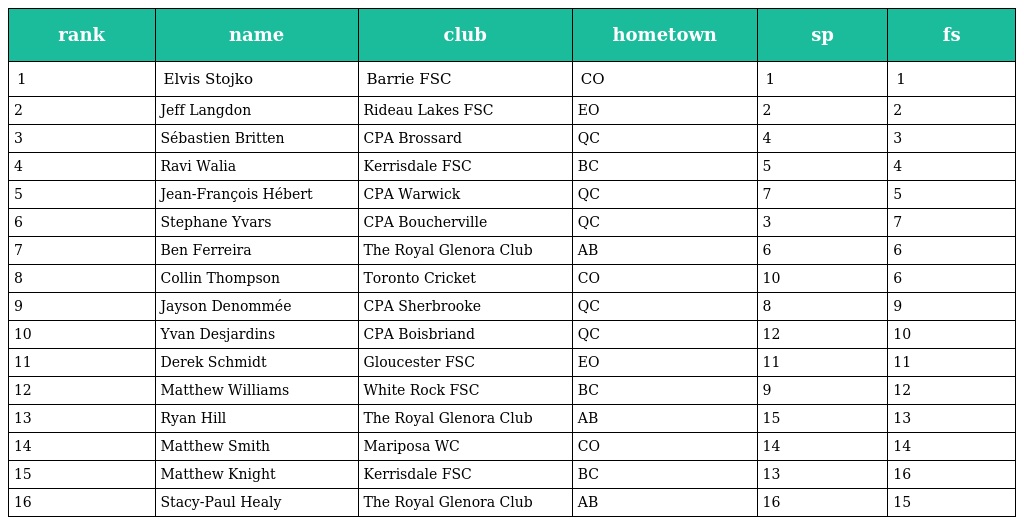
| rank | name | club | hometown | sp | fs |
 | --- | --- | --- | --- | --- | --- |
 | 1 | Elvis Stojko | Barrie FSC | CO | 1 | 1 |
 | 2 | Jeff Langdon | Rideau Lakes FSC | EO | 2 | 2 |
 | 3 | Sébastien Britten | CPA Brossard | QC | 4 | 3 |
 | 4 | Ravi Walia | Kerrisdale FSC | BC | 5 | 4 |
 | 5 | Jean-François Hébert | CPA Warwick | QC | 7 | 5 |
 | 6 | Stephane Yvars | CPA Boucherville | QC | 3 | 7 |
 | 7 | Ben Ferreira | The Royal Glenora Club | AB | 6 | 6 |
 | 8 | Collin Thompson | Toronto Cricket | CO | 10 | 6 |
 | 9 | Jayson Denommée | CPA Sherbrooke | QC | 8 | 9 |
 | 10 | Yvan Desjardins | CPA Boisbriand | QC | 12 | 10 |
 | 11 | Derek Schmidt | Gloucester FSC | EO | 11 | 11 |
 | 12 | Matthew Williams | White Rock FSC | BC | 9 | 12 |
 | 13 | Ryan Hill | The Royal Glenora Club | AB | 15 | 13 |
 | 14 | Matthew Smith | Mariposa WC | CO | 14 | 14 |
 | 15 | Matthew Knight | Kerrisdale FSC | BC | 13 | 16 |
 | 16 | Stacy-Paul Healy | The Royal Glenora Club | AB | 16 | 15 |